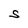
Character: S